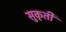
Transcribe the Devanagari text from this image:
सुकृती